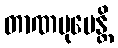
တာဏမုပေန္တိ